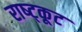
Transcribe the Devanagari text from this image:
राष्ट्कूट